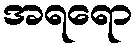
အရရော